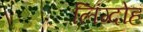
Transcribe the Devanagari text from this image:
लिंग्दोह